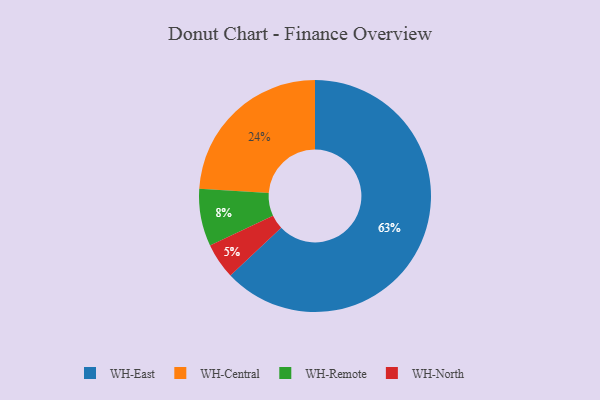
{"axis": {"x": "Category", "y": "Percentage"}, "legend": ["WH-Central", "WH-East", "WH-North", "WH-Remote"], "data": [{"x": "WH-Central", "y": 24, "type": "WH-Central"}, {"x": "WH-Remote", "y": 8, "type": "WH-Remote"}, {"x": "WH-North", "y": 5, "type": "WH-North"}, {"x": "WH-East", "y": 63, "type": "WH-East"}]}